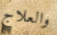
والعلاج